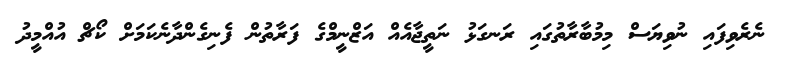
ނެރެވިފައި ނުވިޔަސް މިމުބާރާތުގައި ރަނގަޅު ނަތީޖާއެއް އަޒްނީމްގެ ފަރާތުން ފެނިގެންދާނެކަމަށް ކޯޗް އުއްމީދު